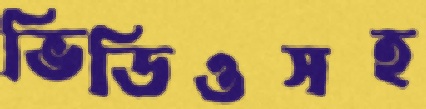
ভিডিওসহ